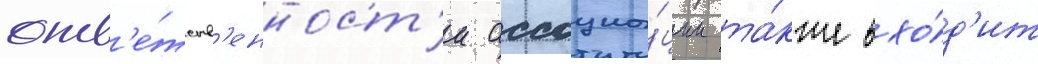
отв'е́тств'енност'и ассоциа́ции та́кже вхо́д'ит